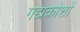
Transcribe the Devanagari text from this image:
गद्यकोशों